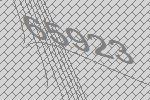
65923